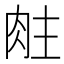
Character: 𬚶